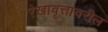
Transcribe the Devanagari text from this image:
रेखावृत्तावरील